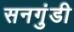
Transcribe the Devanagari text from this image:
सनगुंडी